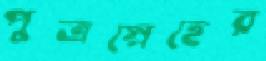
পুত্রস্নেহের